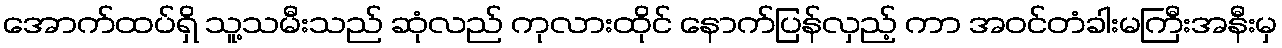
အောက်ထပ်ရှိ သူ့သမီးသည် ဆုံလည် ကုလားထိုင် နောက်ပြန်လှည့် ကာ အဝင်တံခါးမကြီးအနီးမှ